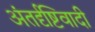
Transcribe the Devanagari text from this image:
अंतर्दृष्टिवादी